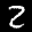
Label: 2